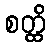
စတ္ထိ